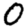
Digit: 0